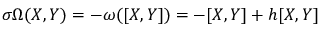
\sigma \Omega ( X , Y ) = - \omega ( [ X , Y ] ) = - [ X , Y ] + h [ X , Y ]